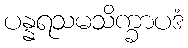
ပန္နရသမသိက္ခာပဒံ